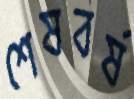
শেষবর্ষ